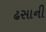
ઢસાની